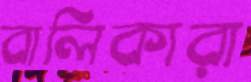
বালিকারা